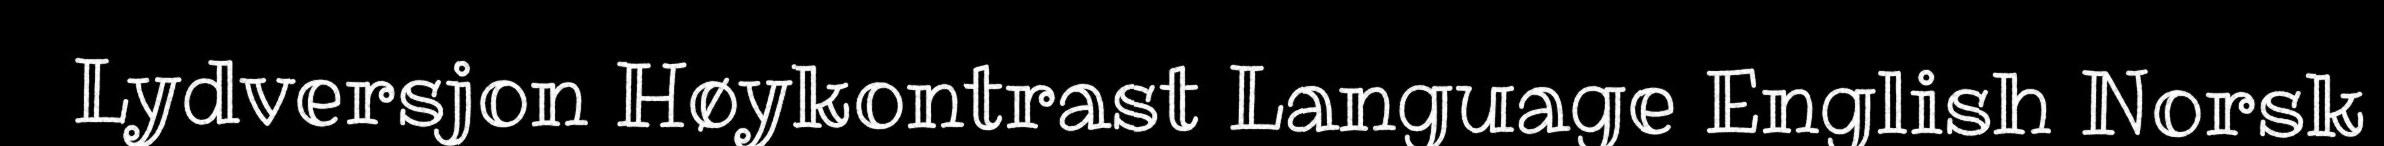
Lydversjon Høykontrast Language English Norsk